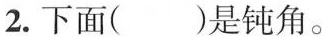
2.下面()是钝角。